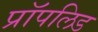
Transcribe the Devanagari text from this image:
प्रॉपलिड